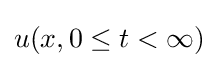
u(x,0\leq t<\infty )